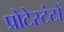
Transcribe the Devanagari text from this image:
प्रोटेस्टंटों